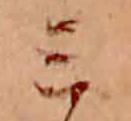
ミ